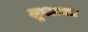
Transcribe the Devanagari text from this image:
शुक्लमत